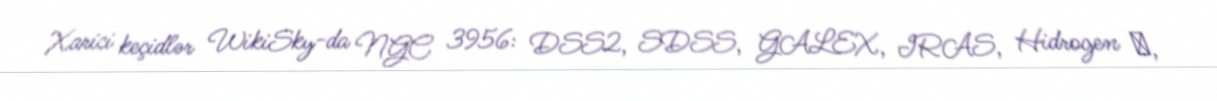
Xarici keçidlər WikiSky-da NGC 3956: DSS2, SDSS, GALEX, IRAS, Hidrogen α,